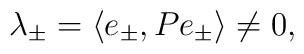
\lambda_\pm = \langle e_\pm, P e_\pm \rangle \neq 0,